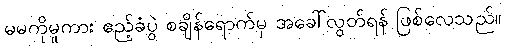
မမကိုမူကား ဧည့်ခံပွဲ စချိန်ရောက်မှ အခေါ်လွတ်ရန် ဖြစ်လေသည်။